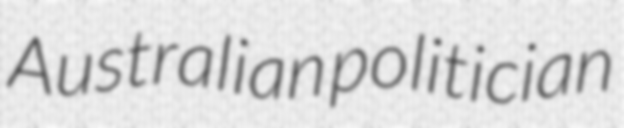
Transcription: Australian politician